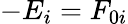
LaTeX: -E_{i}=F_{0i}